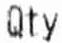
QTY